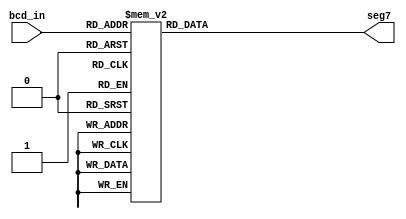
module bcd_to_seg7(bcd_in, seg7);
	input[3:0] bcd_in;
	output[6:0] seg7;
	reg[6:0] seg7;
	always@ (bcd_in)
		case(bcd_in) // abcdefg
			4'b0000: seg7 = 7'b1111110; // 0
			4'b0001: seg7 = 7'b0110000; // 1
			4'b0010: seg7 = 7'b1101101; // 2
			4'b0011: seg7 = 7'b1111001; // 3
			4'b0100: seg7 = 7'b0110011; // 4
			4'b0101: seg7 = 7'b1011011; // 5
			4'b0110: seg7 = 7'b1011111; // 6
			4'b0111: seg7 = 7'b1110000; // 7
			4'b1000: seg7 = 7'b1111111; // 8
			4'b1001: seg7 = 7'b1111011; // 9
		default: seg7 = 7'b0000000; 
	endcase
endmodule